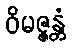
ဝိမဇ္ဇန္တံ